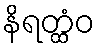
နိရတ္ထံဝ